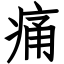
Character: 痛